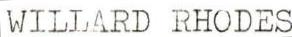
WILLARD RHODES